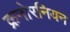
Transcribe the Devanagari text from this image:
क्रनोरनियन